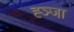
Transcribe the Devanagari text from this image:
ह्ञ्जा